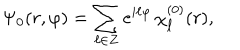
\Psi _ { 0 } ( r , \varphi ) = \sum _ { \ell \in Z } e ^ { i \ell \varphi } \, \chi _ { \ell } ^ { ( 0 ) } ( r ) ,